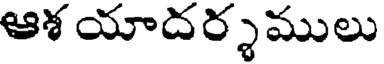
ఆశ యాదర్శములు